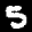
Label: 5